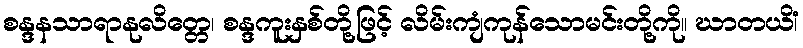
စန္ဒနသာရာနုလိတ္တေ၊ စန္ဒကူးနှစ်တို့ဖြင့် လိမ်းကျံကုန်သောမင်းတို့ကို။ ဃာတယိံ၊